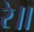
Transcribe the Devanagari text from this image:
रे॥